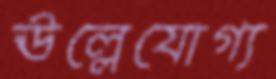
ঊল্লেযোগ্য